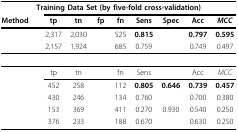
<table><thead><tr><td colspan="9"><b>Training Data Set (by five-fold cross-validation)</b></td></tr><tr><td><b>Method</b></td><td><b>tp</b></td><td><b>tn</b></td><td><b>fp</b></td><td><b>fn</b></td><td><b>Sens</b></td><td><b>Spec</b></td><td><b>Acc</b></td><td><b><i>MCC</i></b></td></tr></thead><tbody><tr><td>[EMPTY_CELL]</td><td>2,317</td><td>2,030</td><td>[EMPTY_CELL]</td><td>525</td><td><b>0.815</b></td><td>[EMPTY_CELL]</td><td><b>0.797</b></td><td><b>0.595</b></td></tr><tr><td>[EMPTY_CELL]</td><td>2,157</td><td>1,924</td><td>[EMPTY_CELL]</td><td>685</td><td>0.759</td><td>[EMPTY_CELL]</td><td>0.749</td><td>0.497</td></tr><tr><td colspan="9">[EMPTY_CELL]</td></tr><tr><td>[EMPTY_CELL]</td><td>tp</td><td>tn</td><td>[EMPTY_CELL]</td><td>fn</td><td>Sens</td><td>[EMPTY_CELL]</td><td>Acc</td><td><i>MCC</i></td></tr><tr><td>[EMPTY_CELL]</td><td>452</td><td>258</td><td>[EMPTY_CELL]</td><td>112</td><td><b>0.805</b></td><td><b>0.646</b></td><td><b>0.739</b></td><td><b>0.457</b></td></tr><tr><td>[EMPTY_CELL]</td><td>430</td><td>246</td><td>[EMPTY_CELL]</td><td>134</td><td>0.760</td><td>[EMPTY_CELL]</td><td>0.700</td><td>0.380</td></tr><tr><td>[EMPTY_CELL]</td><td>153</td><td>369</td><td>[EMPTY_CELL]</td><td>411</td><td>0.270</td><td>0.930</td><td>0.540</td><td>0.250</td></tr><tr><td>[EMPTY_CELL]</td><td>376</td><td>233</td><td>[EMPTY_CELL]</td><td>188</td><td>0.670</td><td>[EMPTY_CELL]</td><td>0.630</td><td>0.250</td></tr></tbody></table>